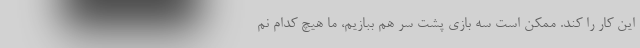
این کار را کند. ممکن است سه بازی پشت سر هم ببازیم، ما هیچ کدام نم